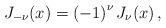
LaTeX: \begin{align*}J_{-\nu }(x)=\left( -1\right) ^{\nu }J_{\nu }(x)\,,\end{align*}